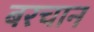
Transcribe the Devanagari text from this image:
बरचान